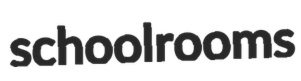
schoolrooms